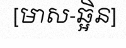
[មាស-ឆ្អិន]